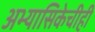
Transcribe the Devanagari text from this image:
अभ्यासिकेचीही